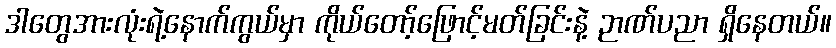
ဒါတွေအားလုံးရဲ့နောက်ကွယ်မှာ ကိုယ်တော့်ဖြောင့်မတ်ခြင်းနဲ့ ဉာဏ်ပညာ ရှိနေတယ်။